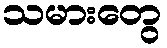
သမားတွေ